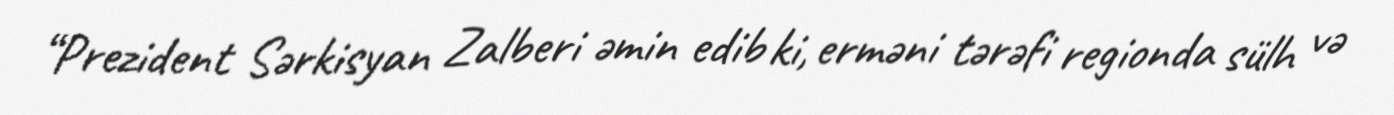
“Prezident Sərkisyan Zalberi əmin edib ki, erməni tərəfi regionda sülh və